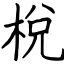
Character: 梲